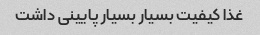
غذا کیفیت بسیار بسیار پایینی داشت